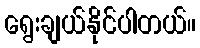
ရွေးချယ်နိုင်ပါတယ်။